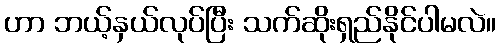
ဟာ ဘယ့်နှယ်လုပ်ပြီး သက်ဆိုးရှည်နိုင်ပါမလဲ။